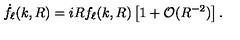
\dot { f } _ { \ell } ( k , R ) = i R f _ { \ell } ( k , R ) \left[ 1 + \mathcal { O } ( R ^ { - 2 } ) \right] .